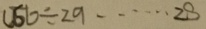
1 5 6 \div 2 9 \cdots 2 8